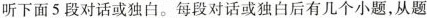
听下面5段对话或独白。每段对话或独白后有几个小题,从题